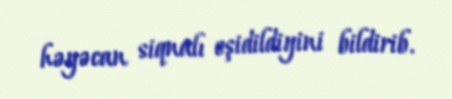
həyəcan siqnalı eşidildiyini bildirib.